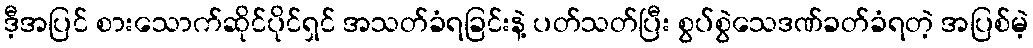
ဒီ့အပြင် စားသောက်ဆိုင်ပိုင်ရှင် အသတ်ခံရခြင်းနဲ့ ပတ်သတ်ပြီး စွပ်စွဲသေဒဏ်ခတ်ခံရတဲ့ အပြစ်မဲ့